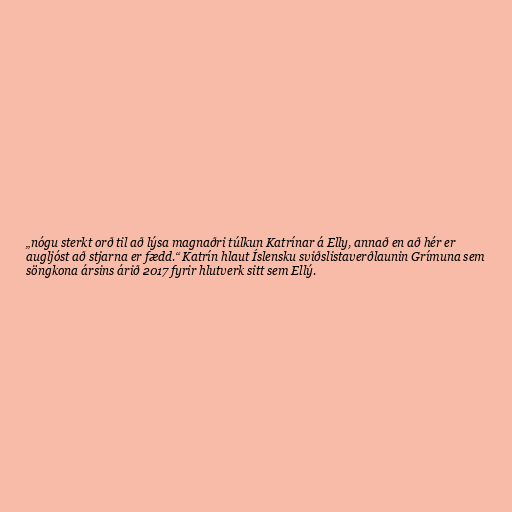
„nógu sterkt orð til að lýsa magnaðri túlk­un Katrín­ar á Elly, annað en að hér er
aug­ljóst að stjarna er fædd.“ Katrín hlaut Íslensku sviðslistaverðlaunin Grímuna sem
söngkona ársins árið 2017 fyrir hlutverk sitt sem Ellý.